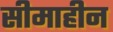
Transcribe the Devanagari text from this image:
सीमाहीन